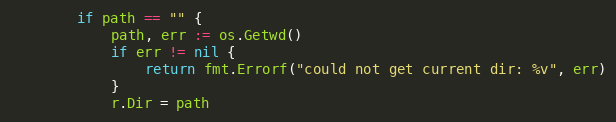
Language: Go
		if path == "" {
			path, err := os.Getwd()
			if err != nil {
				return fmt.Errorf("could not get current dir: %v", err)
			}
			r.Dir = path